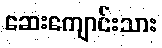
ဆေးကျောင်းသား